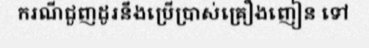
ករណីជួញដូរនឹងប្រើប្រាស់គ្រឿងញៀន ទៅ